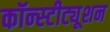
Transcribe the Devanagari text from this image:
कॉन्‍स्‍टीट्यूशन